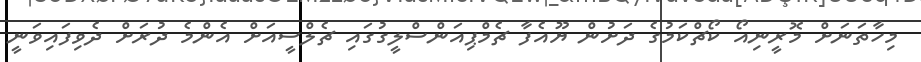
މިހާތަނަށް މޮރީނިއޯ ކޯޗްކަމުގެ ދަށުން ޔޫއެފާ ޗެމްޕިއަންސްލީގުގައި ޗެލްސީއަށް އެންމެ ދުރަށް ދެވިފައިވަނީ